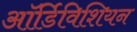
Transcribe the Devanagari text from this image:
ऑर्डिविशियन